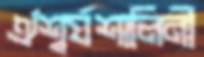
ঐশ্বর্যশালিনী